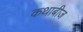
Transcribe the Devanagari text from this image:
कथाबीज